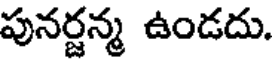
పునర్జన్మ ఉండదు.